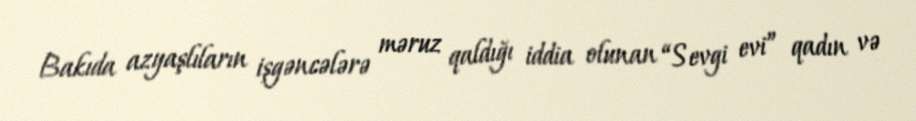
Bakıda azyaşlıların işgəncələrə məruz qaldığı iddia olunan “Sevgi evi” qadın və